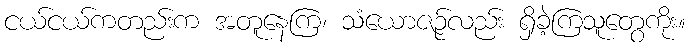
ငယ်ငယ်ကတည်းက အတူနေကြ၊ သံယောဇဉ်လည်း ရှိခဲ့ကြသူတွေကိုး။